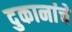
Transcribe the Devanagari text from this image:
दुकानांचे